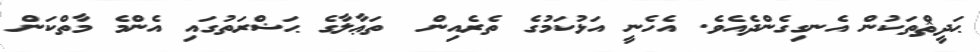
ޙަދީޘްތަކުން އެނގިގެންދެއެވެ. އެހެނީ އަޅުކަމުގެ ތެރެއިން  ތަޢާލާގެ ޙަޟްރަތުގައި އެންމެ މާތްކަން